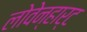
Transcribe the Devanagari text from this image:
लोवेन्हार्ट